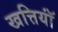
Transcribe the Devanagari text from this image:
खत्तियॉं